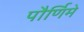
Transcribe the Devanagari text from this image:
पौर्णिमे